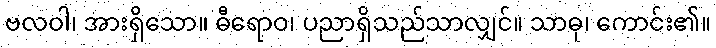
ဗလဝါ၊ အားရှိသော။ ဓီရောဝ၊ ပညာရှိသည်သာလျှင်။ သာဓု၊ ကောင်း၏။